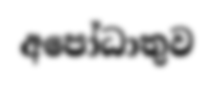
අපෝධාතුව